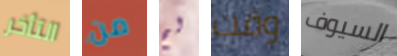
التأخر من لم وقت السيوف